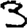
Digit: 3